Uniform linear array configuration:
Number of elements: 32
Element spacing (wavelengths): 0.25
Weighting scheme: kaiser
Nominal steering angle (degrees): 45
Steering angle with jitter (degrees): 45.057
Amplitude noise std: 0.05
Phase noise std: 0.05

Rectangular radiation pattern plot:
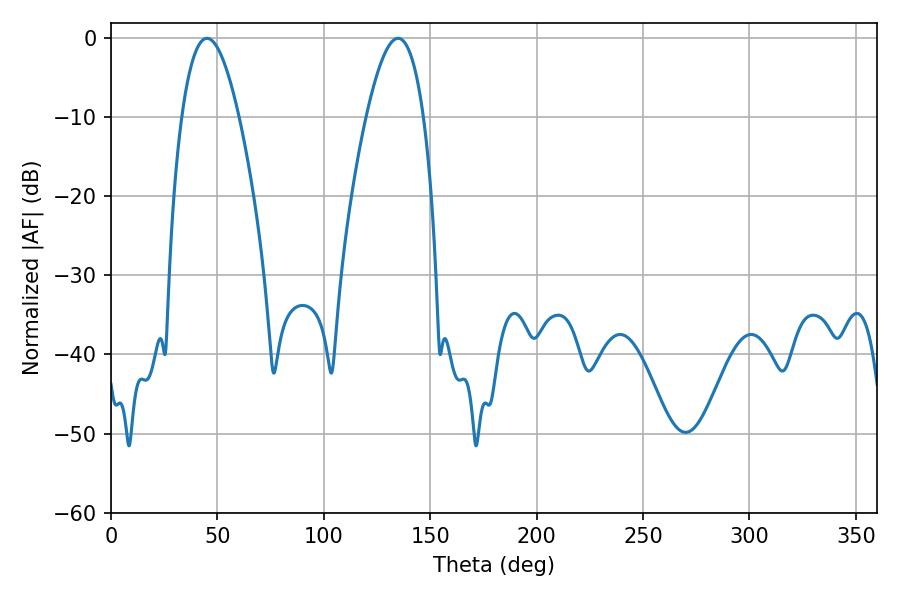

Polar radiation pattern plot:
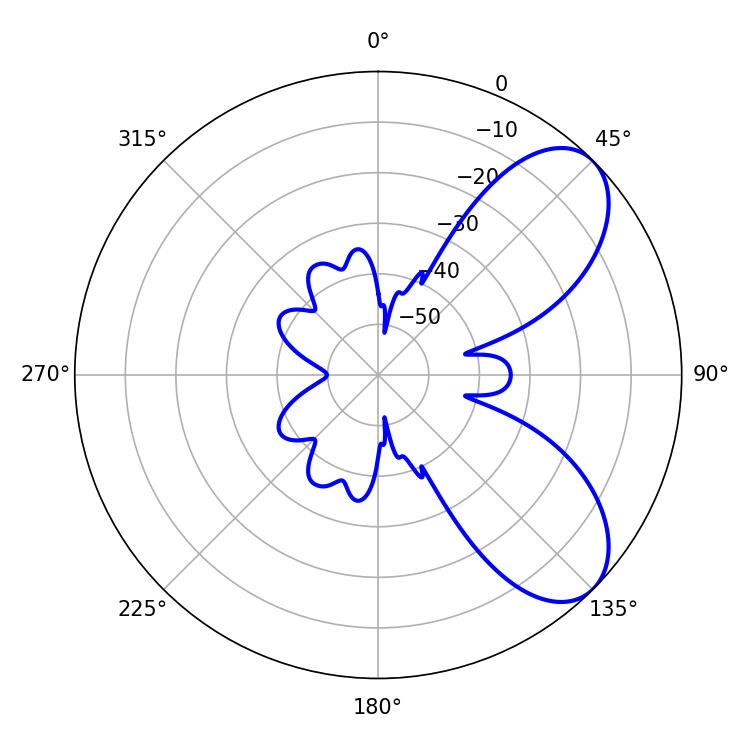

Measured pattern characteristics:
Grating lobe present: FALSE
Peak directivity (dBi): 7.04
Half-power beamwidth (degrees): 14.76
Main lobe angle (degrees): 45.18